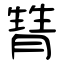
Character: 甧